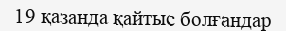
19 қазанда қайтыс болғандар